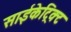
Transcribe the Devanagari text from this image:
साईकेट्रिक्ट